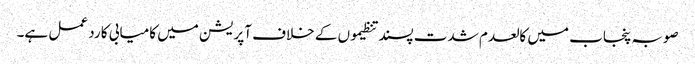
صوبہ پنجاب میں کالعدم شدت پسند تنظیموں کے خلاف آپریشن میں کامیابی کا رد عمل ہے۔